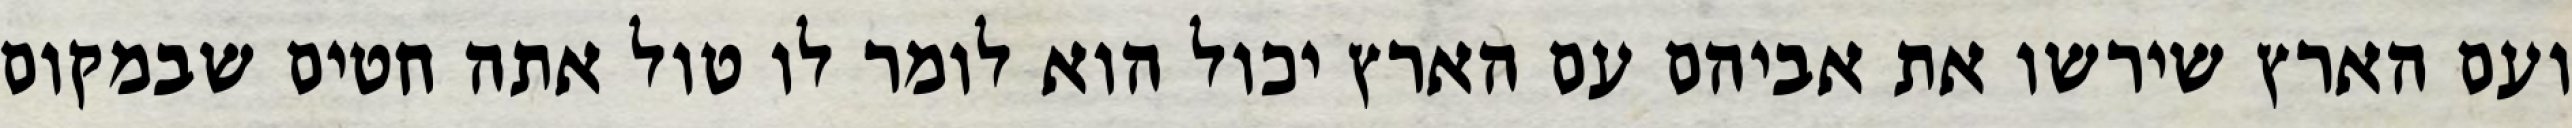
ועם הארץ שירשו את אביהם עם הארץ יכול הוא לומר לו טול אתה חטים שבמקום